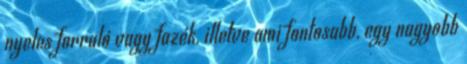
nyeles forraló vagy fazék, illetve ami fontosabb, egy nagyobb